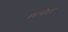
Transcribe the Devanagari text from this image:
काम्बेश्वर